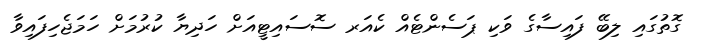
ގޮތުގައި ލިބޭ ފައިސާގެ ވަކި ޕަސެންޓެއް ކެއަރ ސޮސައިޓީއަށް ހަދިޔާ ކުރުމަށް ހަމަޖެހިފައިވާ